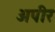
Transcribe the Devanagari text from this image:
अपीर